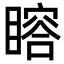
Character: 𥊉